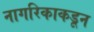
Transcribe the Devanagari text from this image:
नागरिकाकडून